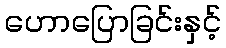
ဟောပြောခြင်းနှင့်